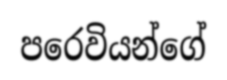
පරෙවියන්ගේ